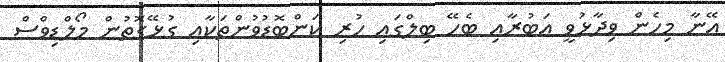
އޭނާ މިހެން ވިދާޅުވީ އަބުރާއި ބެހޭ ބިލްގައި ހުރި ކަންބޮޑުވުންތަކާއި ގުޅޭގޮތުން މޯލްޑިވްސް